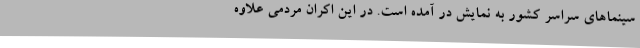
سینماهای سراسر کشور به نمایش در آمده است. در این اکران مردمی علاوه